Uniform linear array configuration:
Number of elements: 24
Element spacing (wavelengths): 1
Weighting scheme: kaiser
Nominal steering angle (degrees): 45
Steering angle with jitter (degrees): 46.653
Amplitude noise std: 0.05
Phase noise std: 0.05

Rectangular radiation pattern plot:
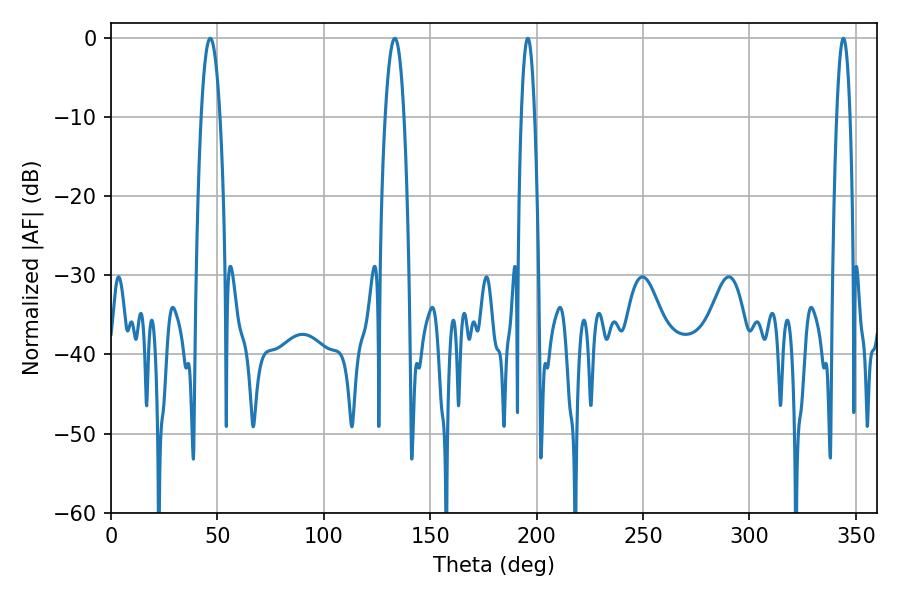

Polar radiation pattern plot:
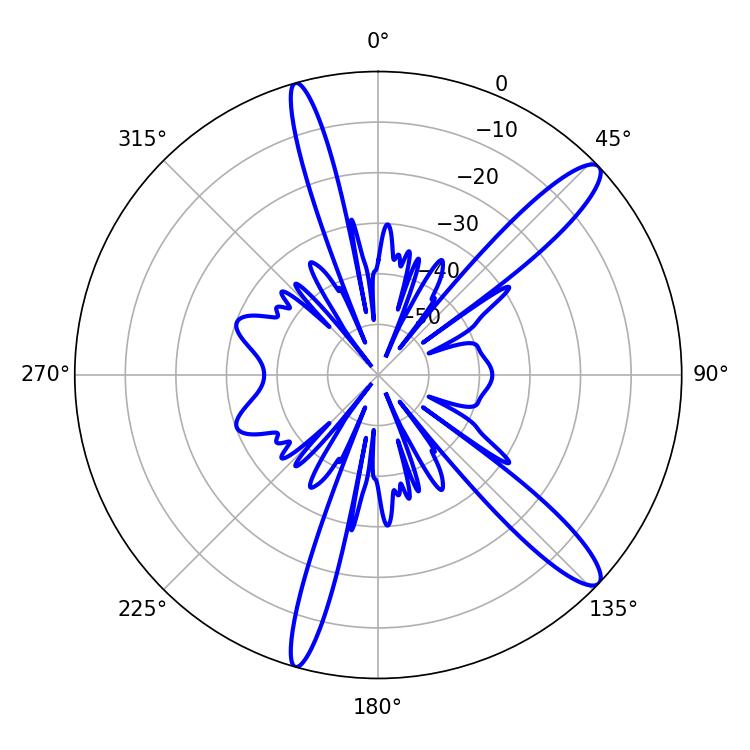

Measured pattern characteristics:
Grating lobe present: TRUE
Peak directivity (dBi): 13.11
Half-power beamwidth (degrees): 3.42
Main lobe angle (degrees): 195.84